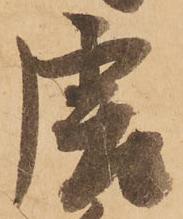
唐